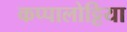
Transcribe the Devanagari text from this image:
कप्पालोट्टिया